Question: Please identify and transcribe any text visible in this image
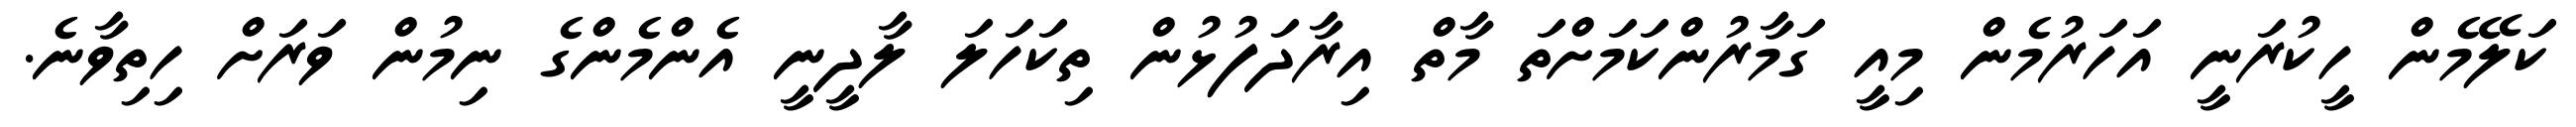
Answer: ކަލޭމެން ހީކުރަނީ އަހަރުމެން މިއީ ގަމާރުންކަމަށްތަ މާތް އިރާދަފުޅުން ތިކަހަލަ ލާދީނީ އެންމެންގެ ނިމުން ވަރަށް ހިތިވާނެ.